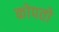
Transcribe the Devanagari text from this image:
कोपतो